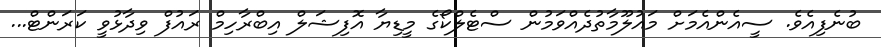
ބުނެފިއެވެ. ސީއެންއެމަށް މައުލޫމާތުދެއްވަމުން ސްޓެލްކޯގެ މީޑިޔާ އޮފިޝަލް އިބްރާހިމް ރައުފް ވިދާޅުވީ ކަރަންޓް...